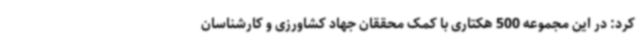
کرد: در این مجموعه 500 هکتاری با کمک محققان جهاد کشاورزی و کارشناسان